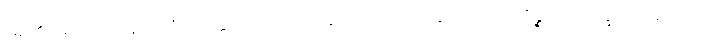
ဖြစ်၏။) တေ၊ ထိုသူတို့ကို။ ဟတ္ထိကာယော ဝါ၊ ဆင်အပေါင်းသည်လည်း။ ကိဉ္စာပိ ရက္ခေယျ၊ အကယ်၍